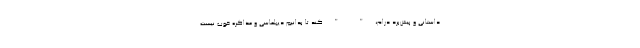
داستانی و پیش‌برد درام، " " کند تا بدانیم دیپلماسی و مذاکره خوب نیست